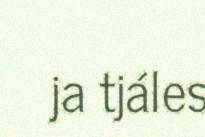
ja tjáles